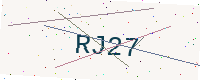
Text: RJ27